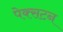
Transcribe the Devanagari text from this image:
पेक्‍सटन